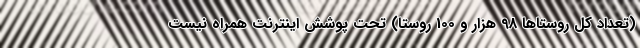
(تعداد کل روستاها 98 هزار و 100 روستا) تحت پوشش اینترنت همراه نیست